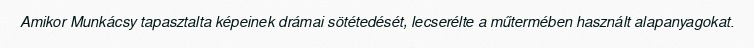
Amikor Munkácsy tapasztalta képeinek drámai sötétedését, lecserélte a műtermében használt alapanyagokat.